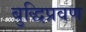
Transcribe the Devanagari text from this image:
बुद्धिप्रवण